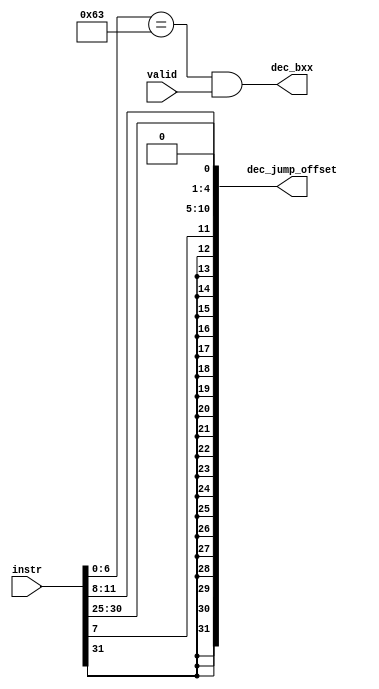
`timescale 1ns / 1ps
module mini_decoder(
input [31:0]instr,
input valid,
output dec_bxx,
output [31:0]dec_jump_offset);

wire [6:0]op = instr[6:0];
//immediate
wire [11:0]bxx_imm = {instr[31],instr[7],instr[30:25],instr[11:8]};
wire [31:0]dec_jump_imm = {{20{bxx_imm[11]}},bxx_imm[11:0]};

					      
assign dec_bxx = (op == 7'b1100011) & valid;							  
assign dec_jump_offset = dec_jump_imm << 1'b1;

					    
endmodule